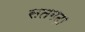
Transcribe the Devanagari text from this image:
सतगढ़ा